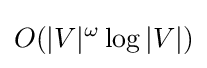
O(|V|^{\omega }\log |V|)